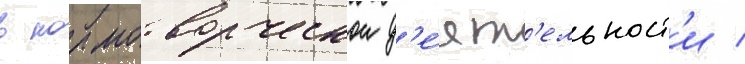
в нормотворческои д'е́ят'ельност'и /